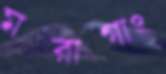
মরাগাং